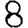
Digit: 8